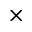
\times